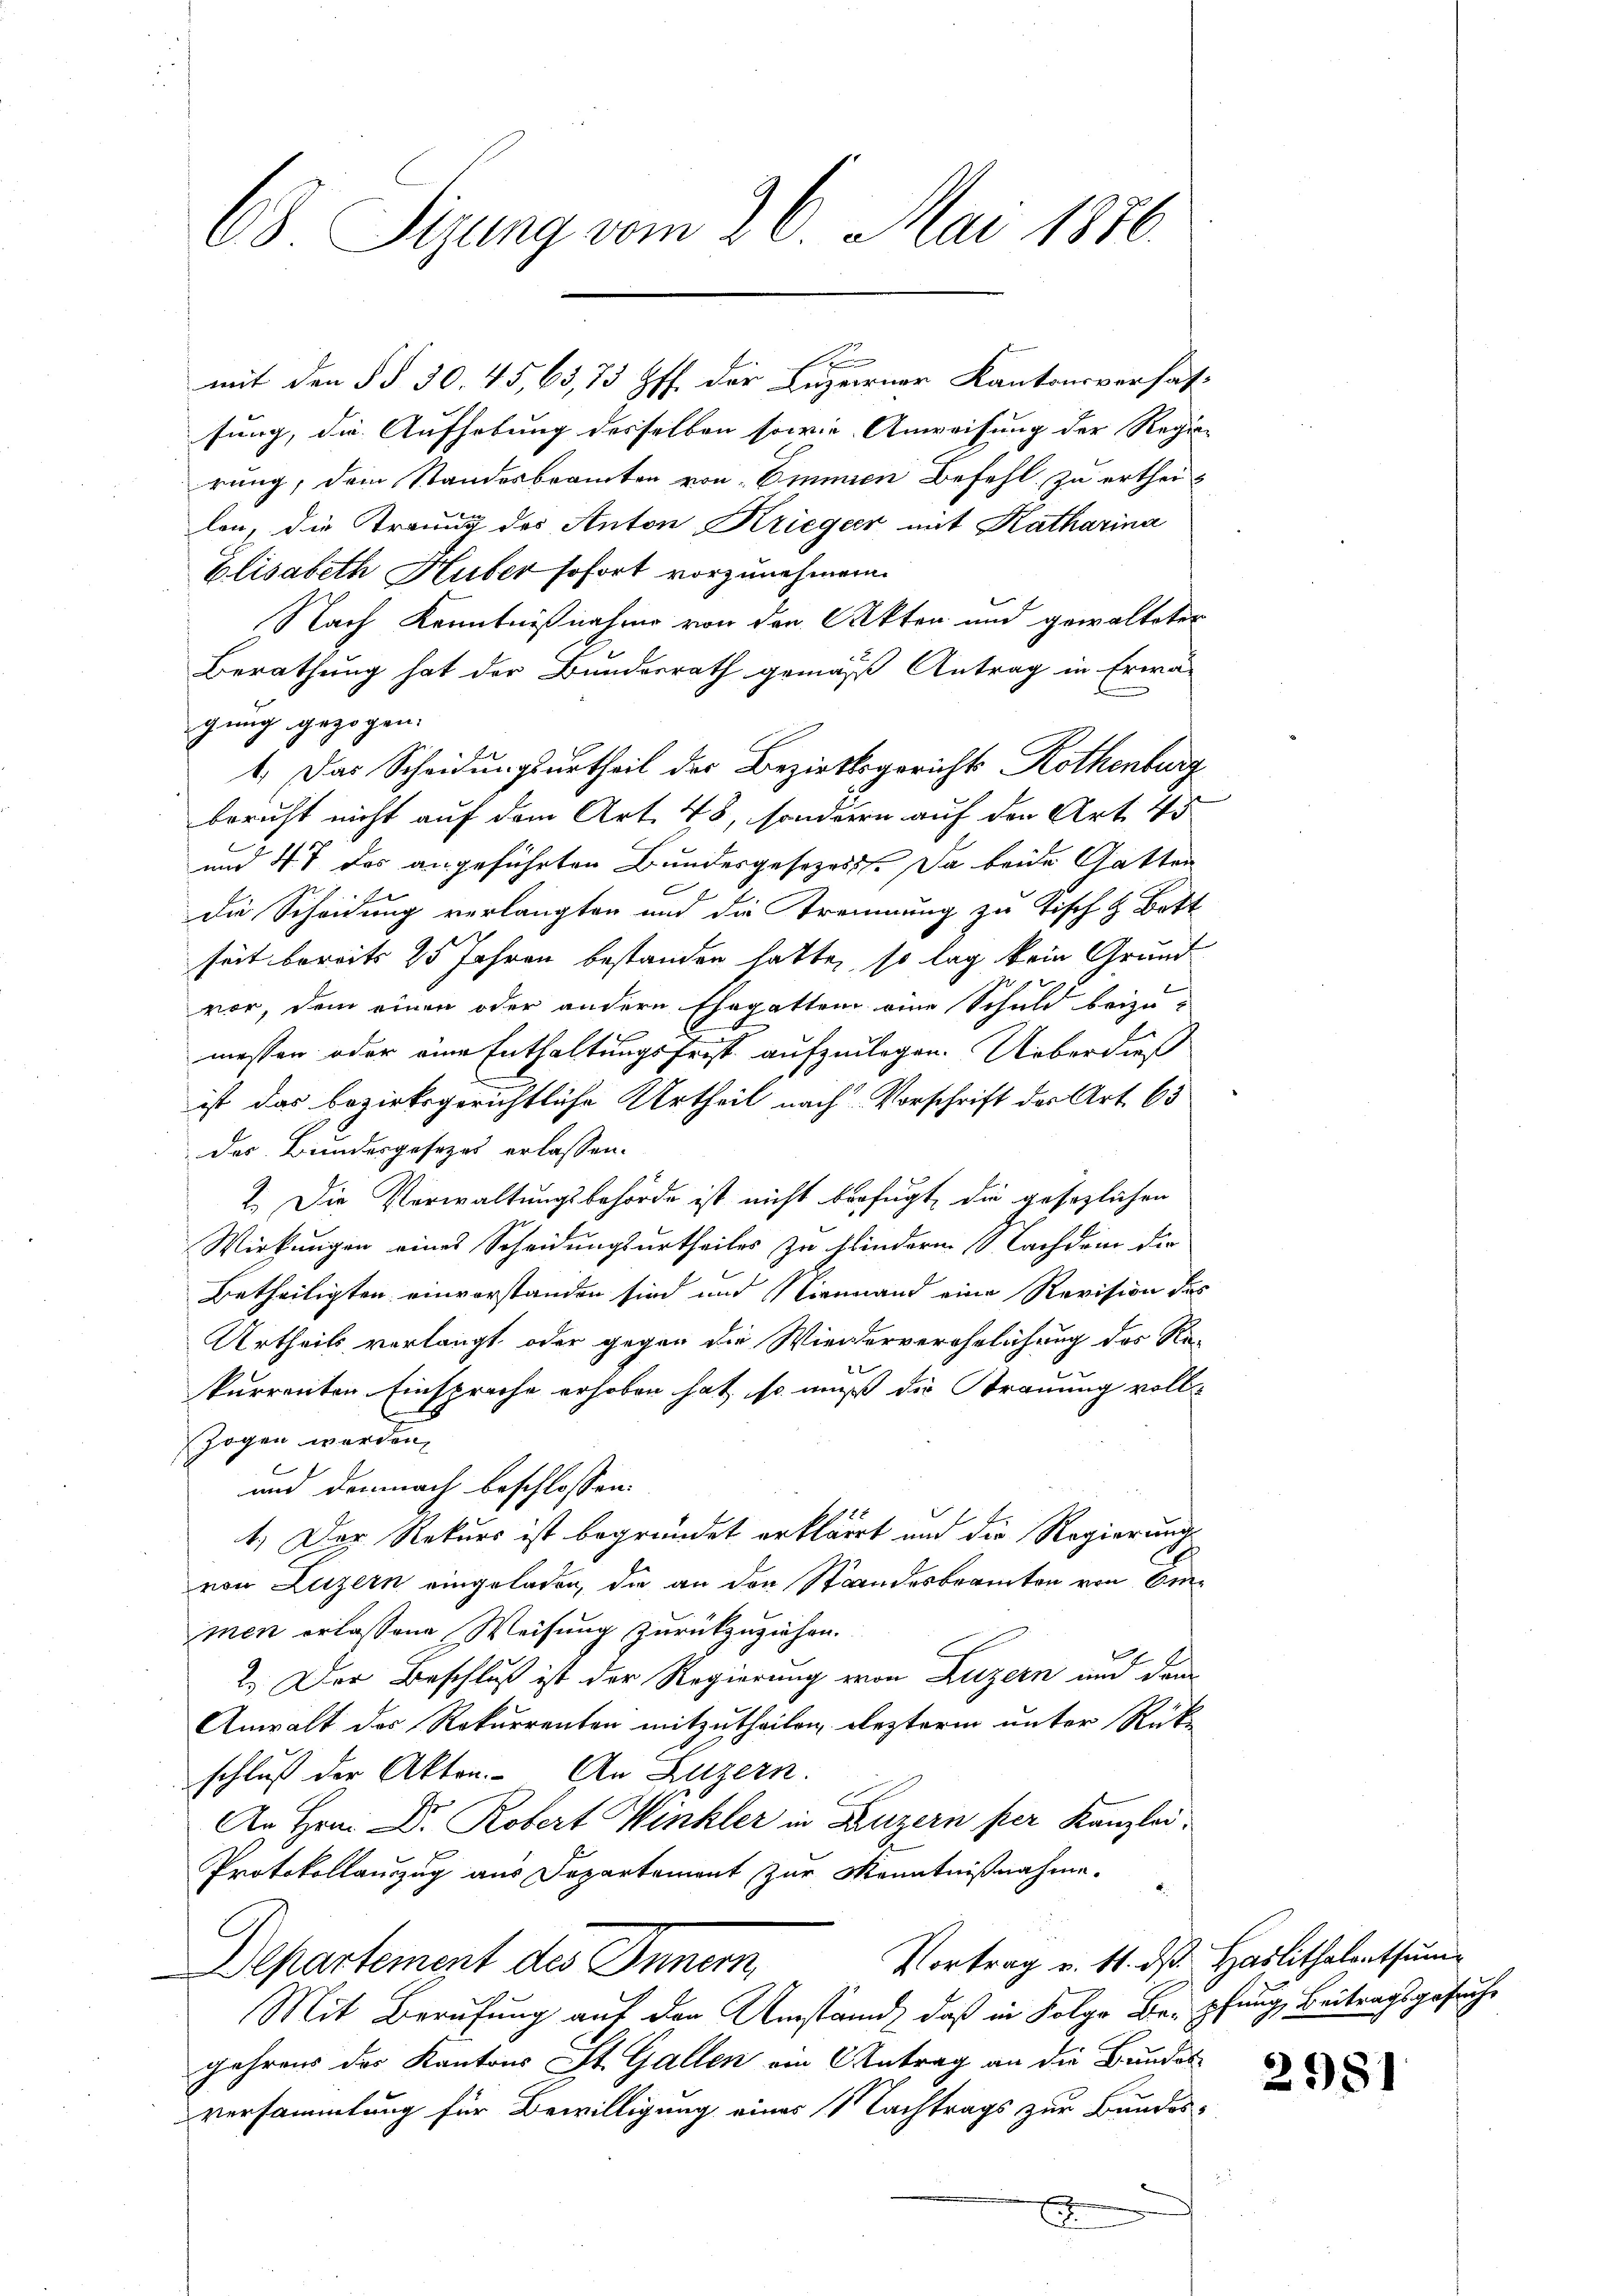
68 Sizung vom 26. Mai 1886.

n
mit den §§ 30. 45,65, 73 ff. der Luzerner Kantonsverhat-

sung, die Aufhebung derselben sowie Anweisung der Regie-
rung, dem Standesbeamten von Emmen Befehl zu ertheilon, die Trauung des Anton Krieger mit Katharina
Elisabeth Huber sofort vorzunehmen.
Nach Kenntnißnahme von den Akten und gewalteter
Berathung hat der Bundesrath gemäß Antrag in Erwä-
gung gezogen.
1.) Das Scheidungsurtheil des Bezirksgerichts Rothenburg
bericht nicht auf dem Art. 48, sondern auf den Art. 45
und 47 des angeführten Bundesgesezesst. Da beide Gatten
die Scheidung verlangten und die Trennung zu Tisch & Bott
seit bereits 25 Jahren bestanden hatte, so lag kein Grund-
vor, dem einen oder andern Ehegatten eine Schuld beizu-
E
messen oder eine Enthaltungsfrist aufzulegen. Ueberdieß
ist das bezirksgerichtliche Urtheil nach Vorschrift der Art. 65
des Bundesgesezes erlassen.
1. Die Verwaltungsbehörde ist nicht verfügt, die gesezlichen
Wirkungen eines Scheidungsurtheiles zu hindern Nachdem die
Betheiligten einverstanden sind und Niemand eine Revision des
Urtheils verlangt, oder gegen die Wiederverehelichung des Re-
kurrenten Einsprache erhoben hat, so muß die Strauung vollzogen werden,
und demnach beschlossen:
1.) Der Rekurs ist begründet erkläret und die Regierung
von Luzern eingeladen, die an den Standesbeamten von Emmen erlassene Weisung zurückzuziehen.
2.) Der Beschluß ist der Regierung von Luzern und dam
Anwalt der Rekurrenten mitzutheilen lezterm unter Rück-
schluß der Akten. An Luzern.
An Hrn. Dr. Robert Winkler in Luzern per Kanzlei
Protokollanzug aus Departement zur Kenntnißnahme.
Vortrag v. 4. dß. Haslithalentsum
Departement des Innern
Mit Berufung auf den Umstand, daß in Folge Bei Pfung, Beitragsgesuche
gehrens der Kantons St. Gallen ein Antrag an die Bandes
versammlung für Bewilligung eines Nachtrags zur Bundes¬
E

2981